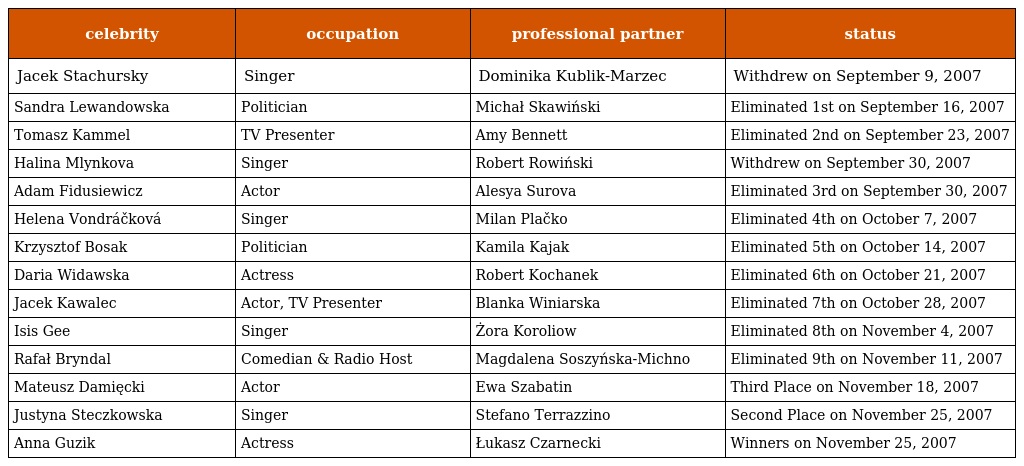
| celebrity | occupation | professional partner | status |
 | --- | --- | --- | --- |
 | Jacek Stachursky | Singer | Dominika Kublik-Marzec | Withdrew on September 9, 2007 |
 | Sandra Lewandowska | Politician | Michał Skawiński | Eliminated 1st on September 16, 2007 |
 | Tomasz Kammel | TV Presenter | Amy Bennett | Eliminated 2nd on September 23, 2007 |
 | Halina Mlynkova | Singer | Robert Rowiński | Withdrew on September 30, 2007 |
 | Adam Fidusiewicz | Actor | Alesya Surova | Eliminated 3rd on September 30, 2007 |
 | Helena Vondráčková | Singer | Milan Plačko | Eliminated 4th on October 7, 2007 |
 | Krzysztof Bosak | Politician | Kamila Kajak | Eliminated 5th on October 14, 2007 |
 | Daria Widawska | Actress | Robert Kochanek | Eliminated 6th on October 21, 2007 |
 | Jacek Kawalec | Actor, TV Presenter | Blanka Winiarska | Eliminated 7th on October 28, 2007 |
 | Isis Gee | Singer | Żora Koroliow | Eliminated 8th on November 4, 2007 |
 | Rafał Bryndal | Comedian & Radio Host | Magdalena Soszyńska-Michno | Eliminated 9th on November 11, 2007 |
 | Mateusz Damięcki | Actor | Ewa Szabatin | Third Place on November 18, 2007 |
 | Justyna Steczkowska | Singer | Stefano Terrazzino | Second Place on November 25, 2007 |
 | Anna Guzik | Actress | Łukasz Czarnecki | Winners on November 25, 2007 |